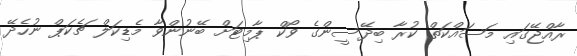
ރާއްޖޭގައި މަސައްކަތް ކުރާ ބިދޭސީންގެ ވޯކް ޕާމިޓަށް ބޭނުންވާ މެޑިކަލް ޗެކަޕް ނުހެދޭ